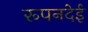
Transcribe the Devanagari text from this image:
रूपनदेई